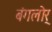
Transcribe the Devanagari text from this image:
बंगलोर्